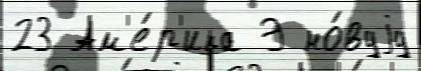
23 Ам'е́р'ика Э но́вуjу